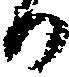
る